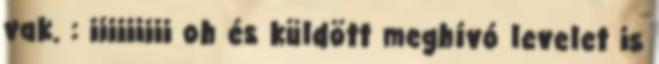
vak. : iiiiiiiii oh és küldött meghívó levelet is